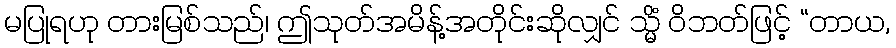
မပြုရဟု တားမြစ်သည်၊ ဤသုတ်အမိန့်အတိုင်းဆိုလျှင် သ္မိံ ဝိဘတ်ဖြင့် “တာယ,